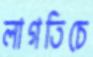
লাগতিচে